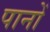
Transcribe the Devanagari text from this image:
पानों